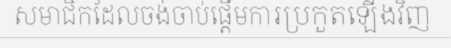
សមាជិកដែលចង់ចាប់ផ្តើមការប្រកួតឡើងវិញ